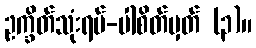
ဥက္ခိတ်သုံးရပ်-ပါစိတ်မှတ် (၃)။